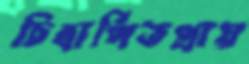
চিত্রার্পিতপ্রায়